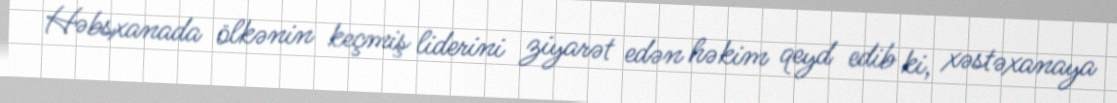
Həbsxanada ölkənin keçmiş liderini ziyarət edən həkim qeyd edib ki, xəstəxanaya